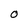
Character: O